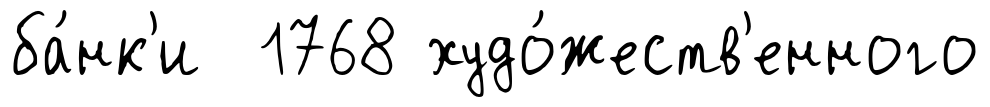
ба́нк'и 1768 худо́жеств'енного